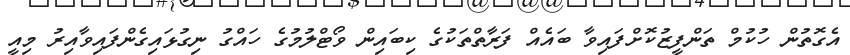
އެގޮތުން ހުކުމް ތަންފީޒުކޮށްފައިވާ ބައެއް ފަރާތްތަކުގެ ކިބައިން ވޯޓްލުމުގެ ހައްގު ނިގުޅައިގެންފައިވާއިރު މިއީ